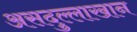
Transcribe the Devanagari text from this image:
असदुल्लाखान